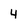
Character: 4